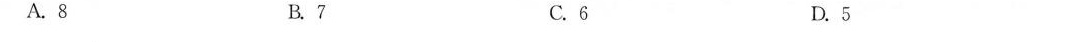
A. 8 B.7 C.6 D.5